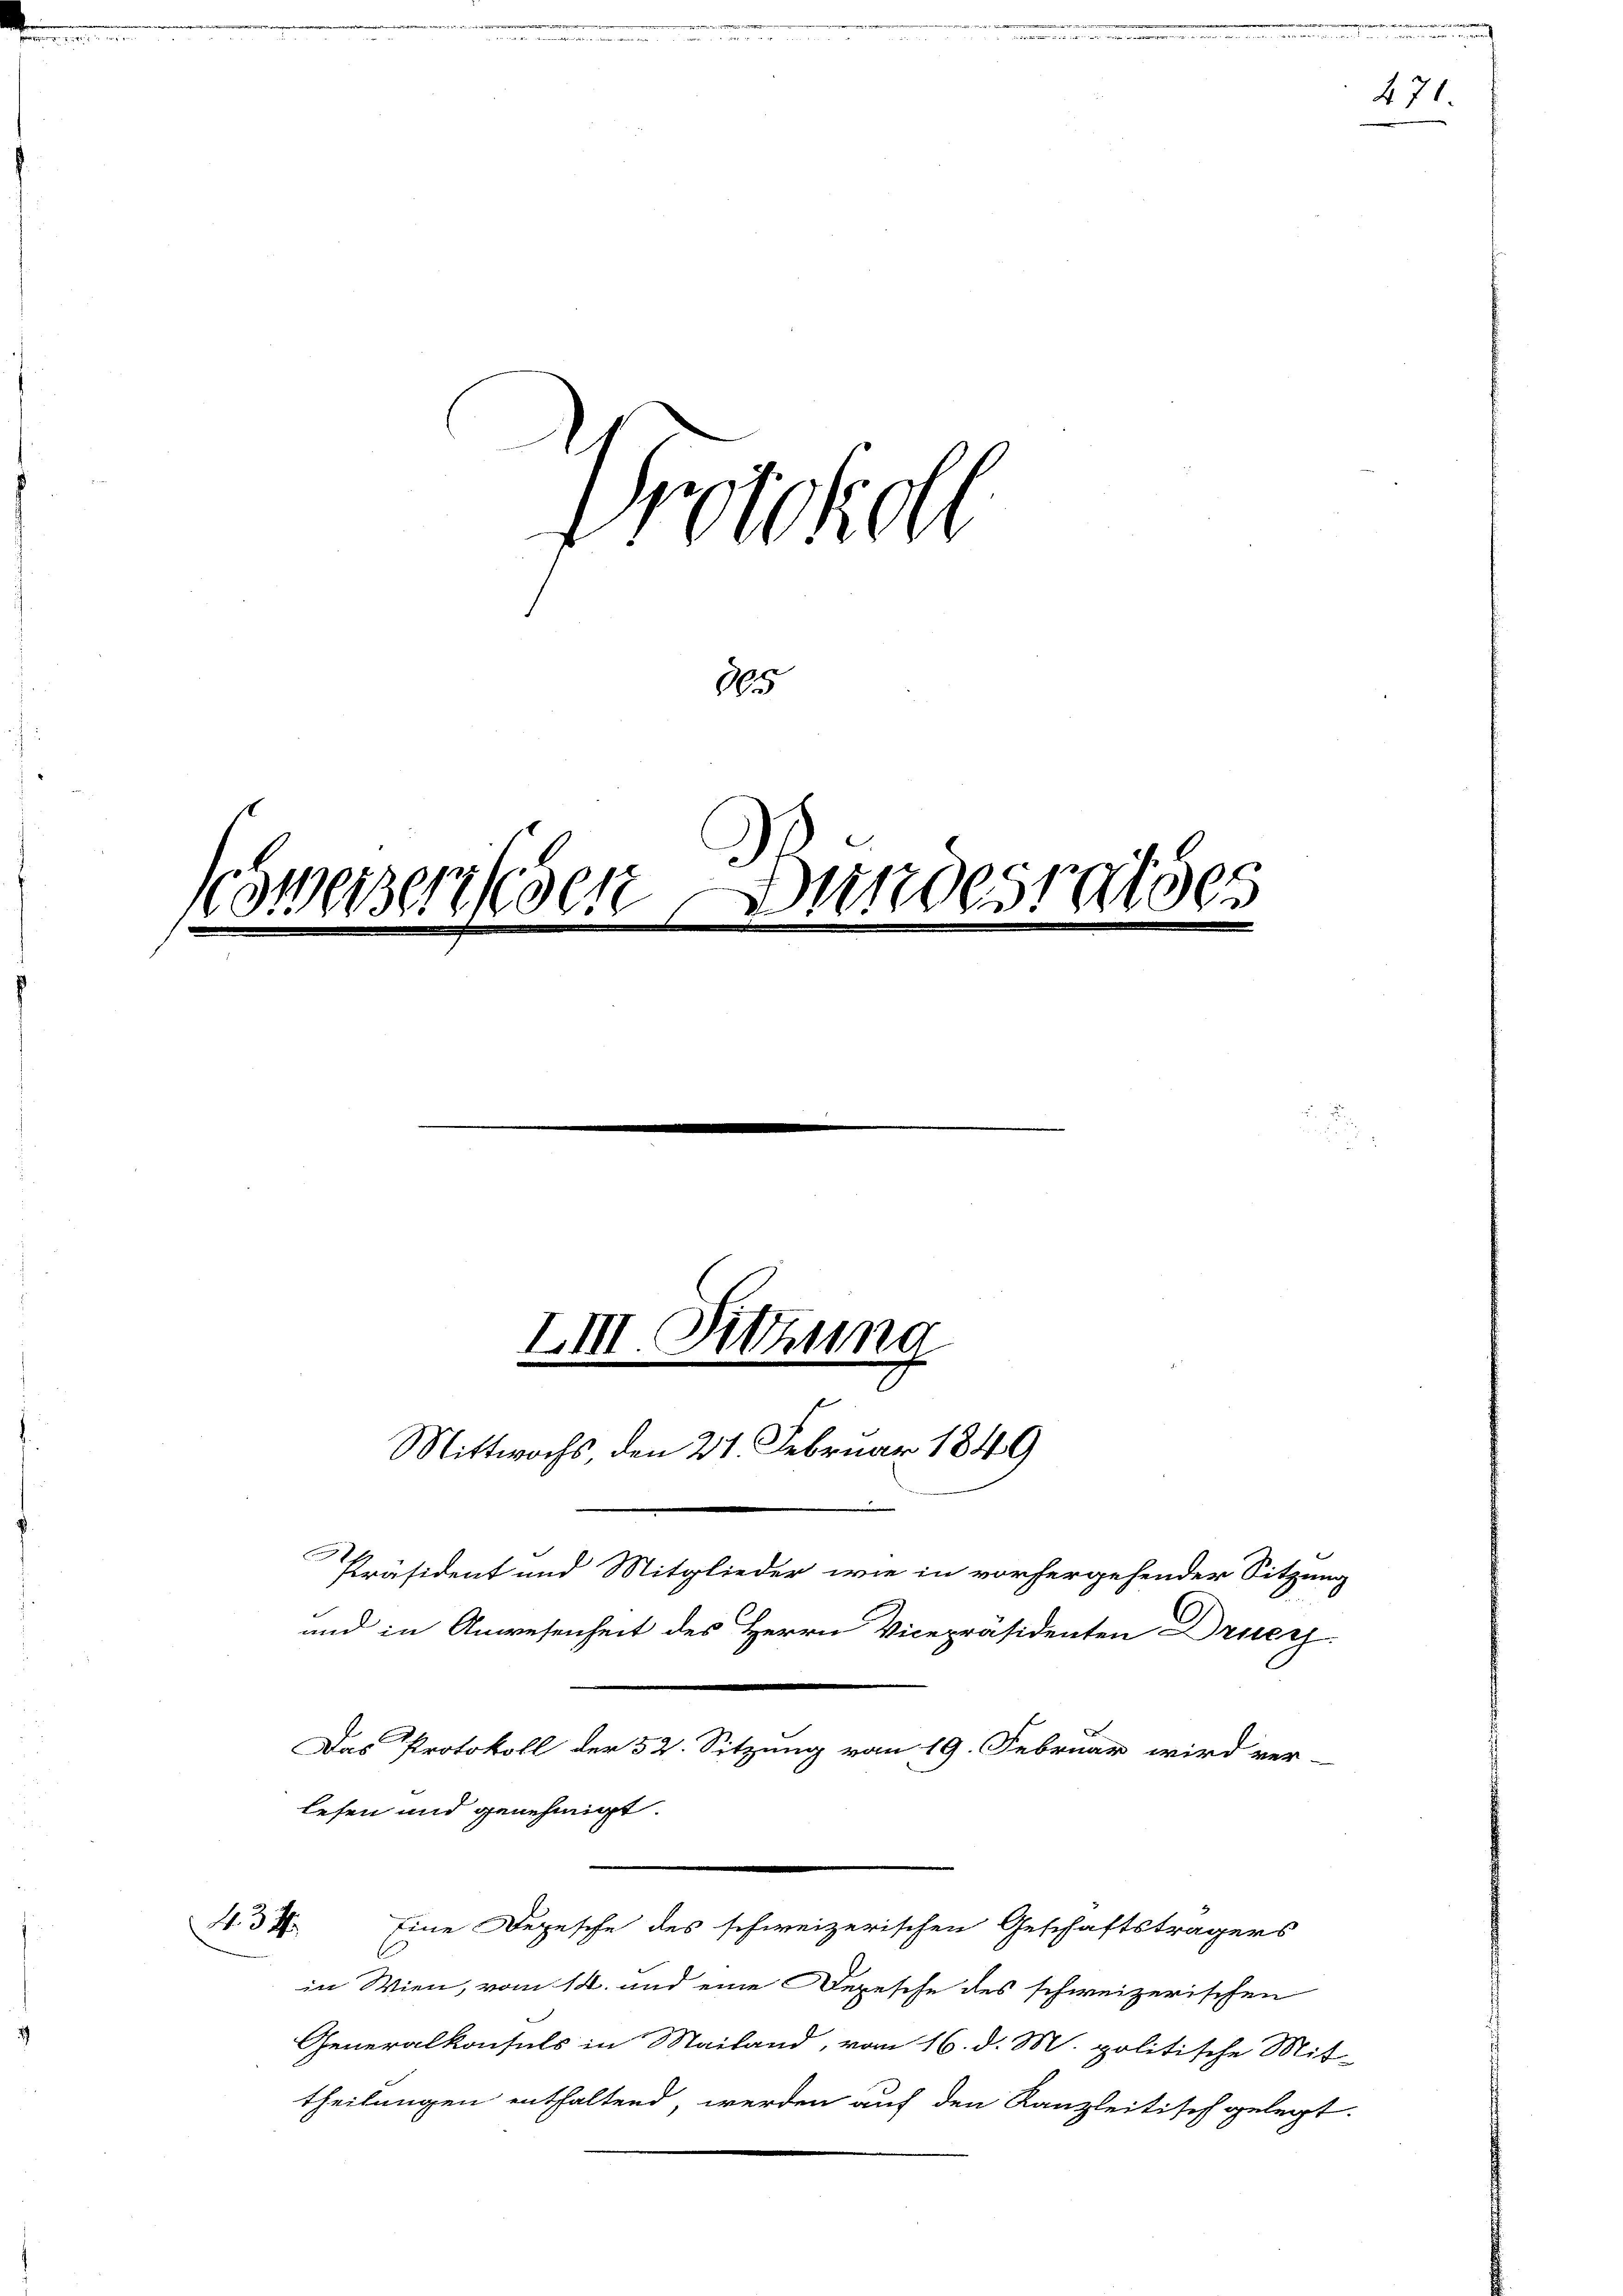
Protokoll
105
bmeizerissen Bundesrathes
e

434.

LII. Sitzung
Mittwochs, den 21. Februar 1849
Präsident und Mitglieder wie in vorhergehender Sitzung
und in Anwesenheit des Herrn Vicepräsidenten Druc
Das Protokoll der 52. Sitzung vom 19. Februar wird ver-
lesen und genehmigt.

theilungen enthaltend, werden auf den Kanzleitisch gelegt.

Eine Depesche des schweizerischen Geschäftsträgers

in Wien, vom 14. und eine Depesche des schweizerischen
Generalkonsuls in Mailand, vom 16. d. M. politische Mit-

471.